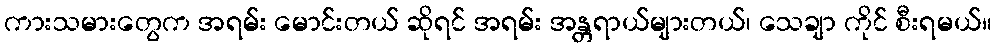
ကားသမားတွေက အရမ်း မောင်းတယ် ဆိုရင် အရမ်း အန္တရာယ်များတယ်၊ သေချာ ကိုင် စီးရမယ်။